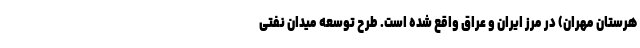
هرستان مهران) در مرز ایران و عراق واقع شده است. طرح توسعه میدان نفتی